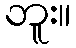
ဘူး။